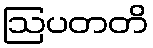
ဩပတတိ